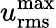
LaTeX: u_{\mathrm{rms}}^{\operatorname*{max}}